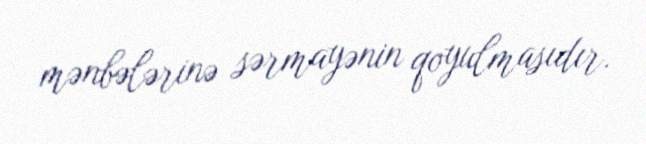
mənbələrinə sərmayənin qoyulmasıdır.